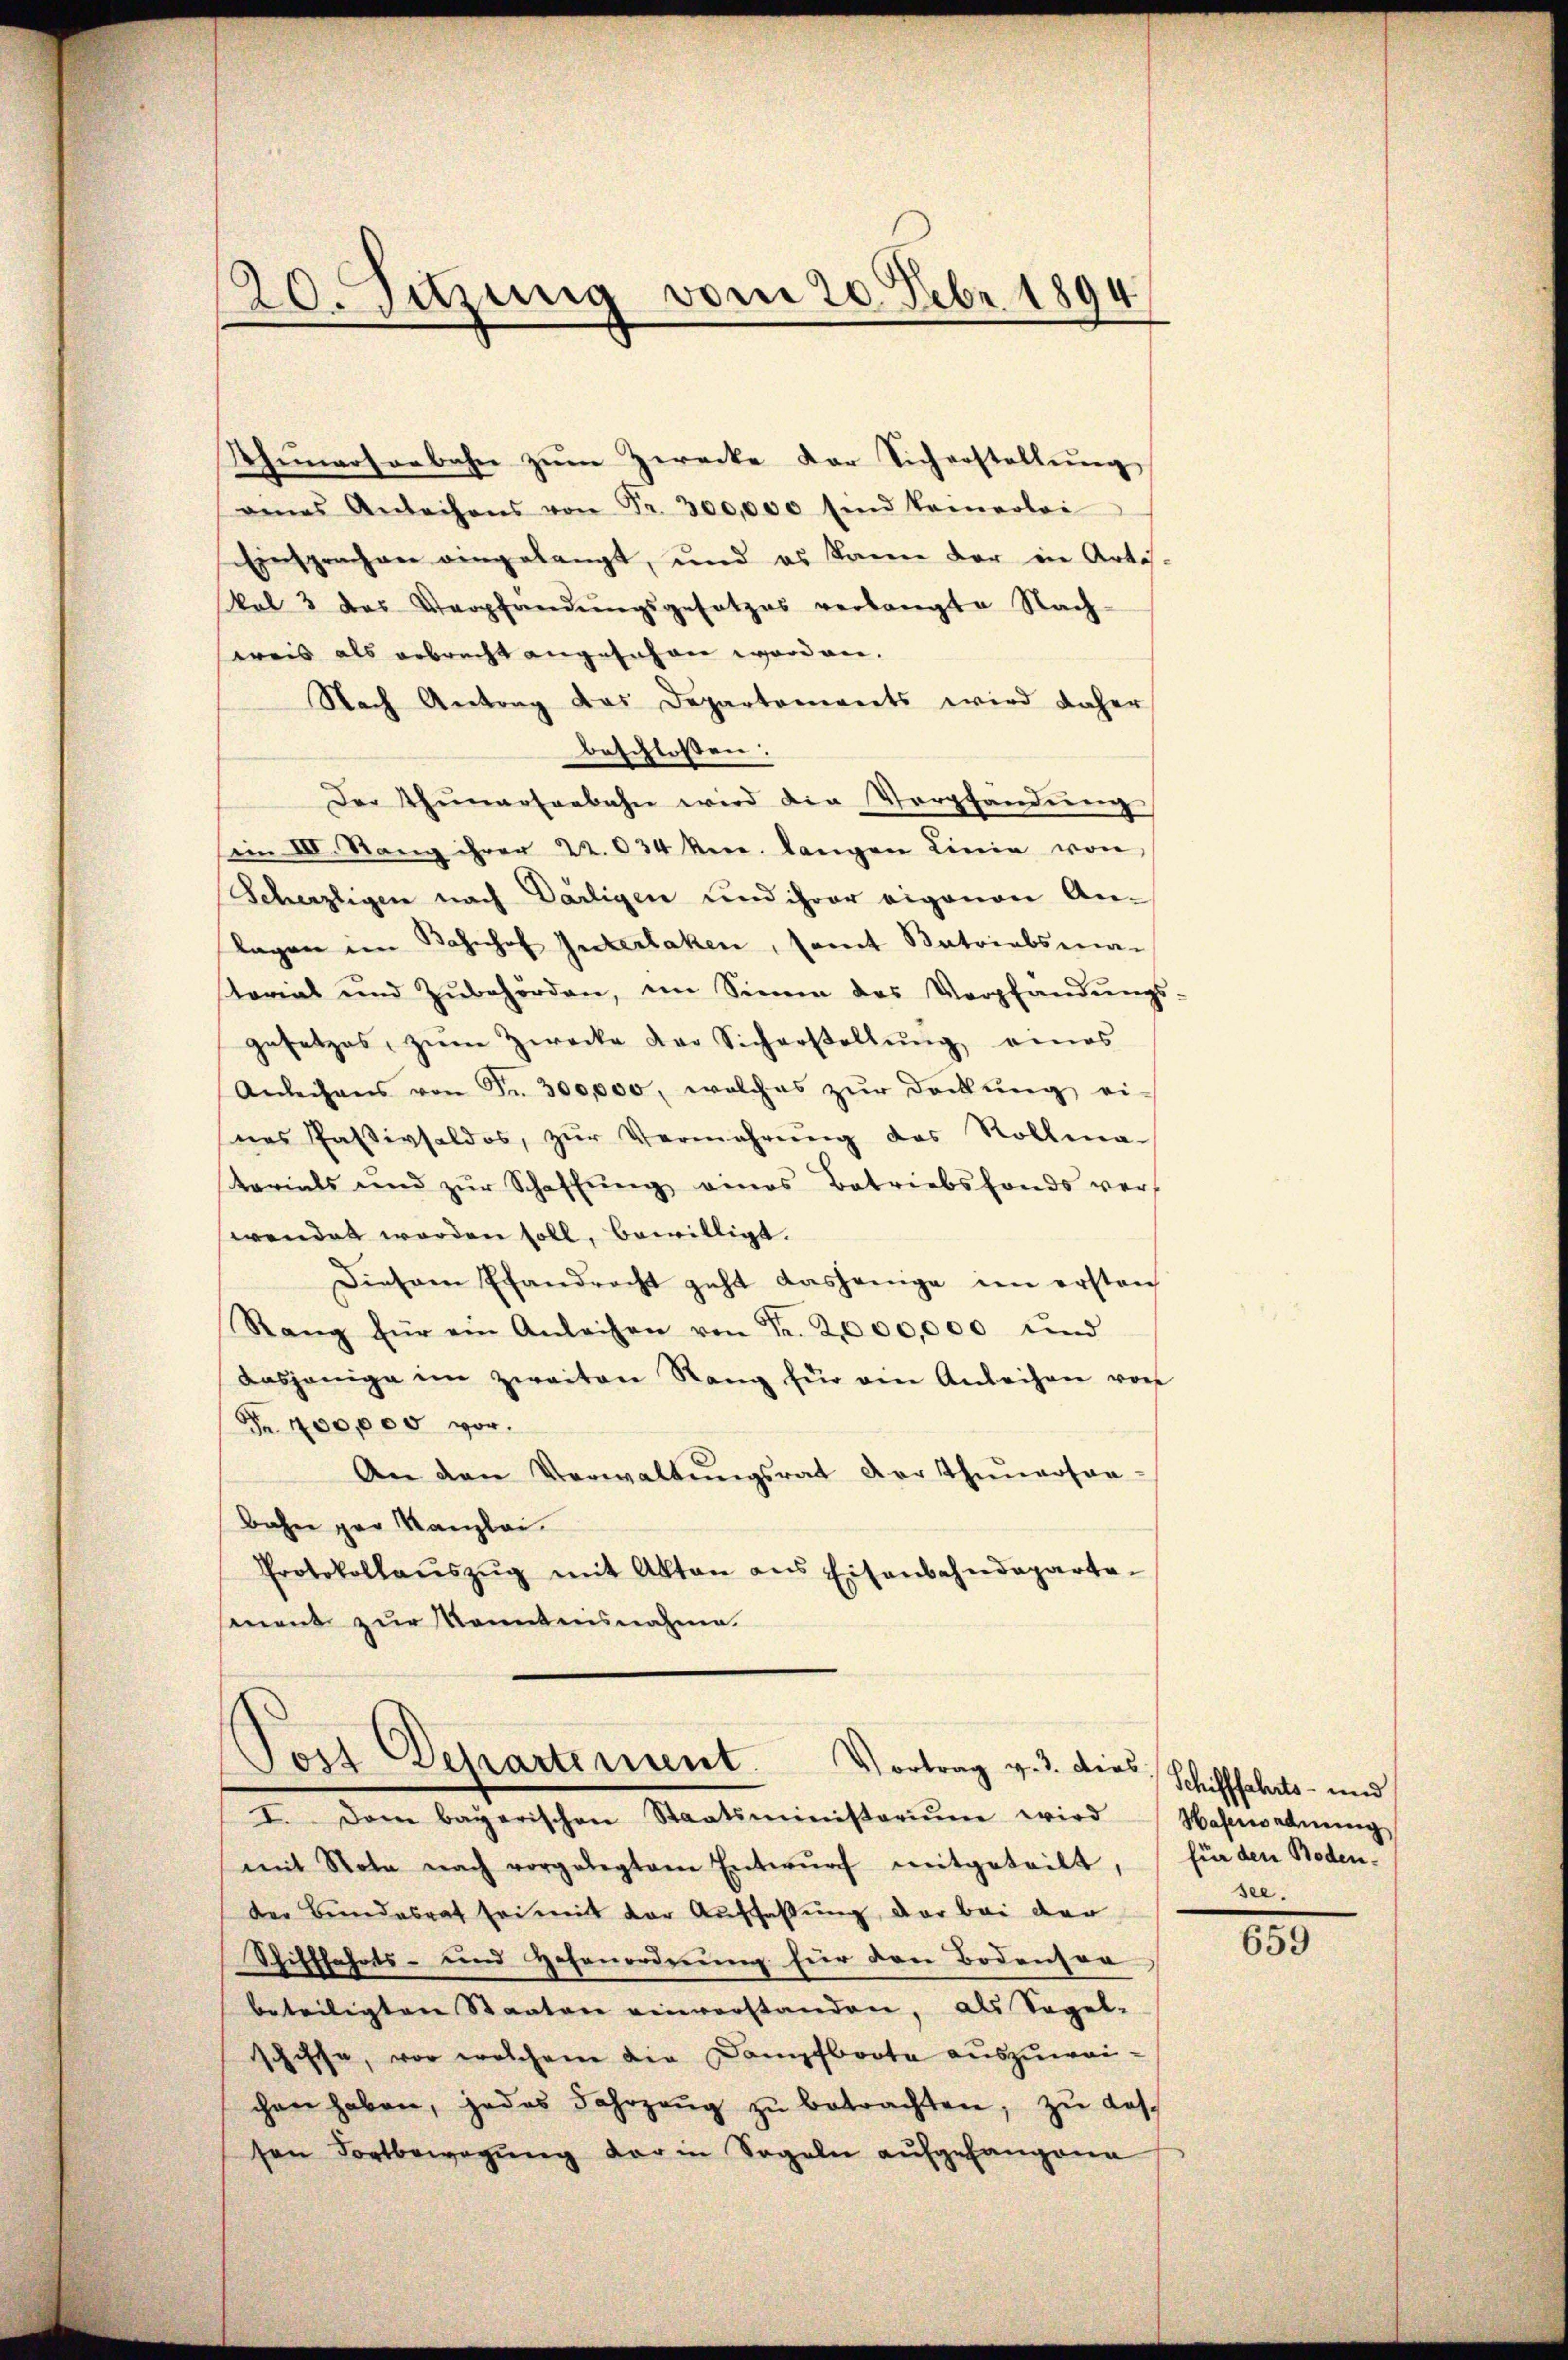
20. Jezung vom 20. Febr. 1894

Thinarsenbahn zŭm Zwecke der Sicherstellŭng
eines Antechens von Fr. 300,000 sind keinerlei
Einsprachen eingelangt, und es kann der in Artis-
kal 3 das Verpfandŭngsgesetzes verlangte Nach-
weis als erbrecht angesuchen worden.
Nach Antrag das Departements wird daher
beschlossen:
Der Thunerseebahn wird die Verpfandung
i III. Rang ihrer 22. 634 vere. langen Linie von
Scherzligen nach Darligen und ihrer eigenen An-
lagen im Bahnhof Interlaken, samt Patriabsma-
storial und Zŭbehörden, im Sinne des Verpfandŭngs-
gesetzes, zŭm Zwecke der Sicherstellŭng eines
Anleihens von Fr. 300,000, welches zŭr Dockŭng ei-
nes Passivsaldos, zŭr Vermehrŭng des Rollma
tarials und zŭr Schaffŭng eines Betriebsfonds ver
wendet worden soll, bewilligt.
Diesem Pfandrecht geht dasjenige im ersten
Rang für ein Anleihen von Fr. 2,000,000 und
dasjenige im zweiten Rang für ein Anleihen von
Fr. 400,000 vor.
An den Verwaltŭngsrat der Thunersan-
bahne par Kanzlei
Protokollaŭszŭg mit Akten ans Eisenbahndeparta-
ment zur Kenntnisnahme

Post Departement
Vortrag v. 3. dies

I. Dem bayerischen Staatsministoriŭm wird Hafenordnung
mit Nota nach vorgelegtem Entwŭrf mitgeteilt,
der Bundesrat sei mit der Auffassung, der bei der
Schifffahrts- und Hohenordnung für den Bodenser
beteiligten Staaten einverstanden, als Sagel-
schiffe, vor welchem die Dampfboote auszuweichen haben, jedes Fahrzeŭg zŭ betrachten, zŭ las-
sen Fortbewegŭng der in Sogeln aŭfgefangene

Schifffahrts- und
für den Bodensee.

83